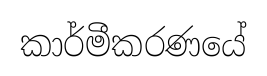
කාර්මීකරණයේ